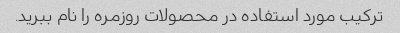
ترکیب مورد استفاده در محصولات روزمره را نام ببرید.